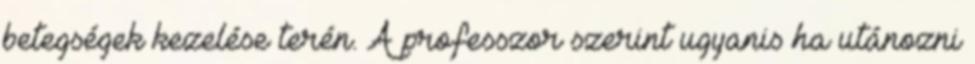
betegségek kezelése terén. A professzor szerint ugyanis ha utánozni